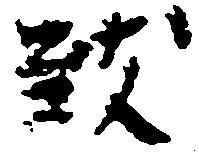
致